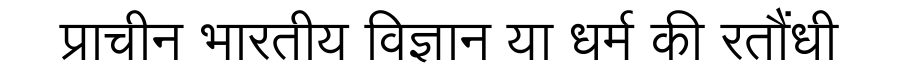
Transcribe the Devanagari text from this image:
प्राचीन भारतीय विज्ञान या धर्म की रतौंधी